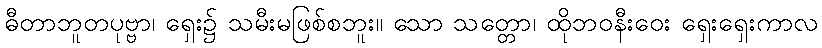
ဓီတာဘူတပုဗ္ဗာ၊ ရှေး၌ သမီးမဖြစ်စဘူး။ သော သတ္တော၊ ထိုဘဝနီးဝေး ရှေးရှေးကာလ